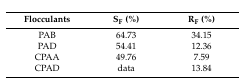
<table><thead><tr><td><b>Flocculants</b></td><td><b>S<sub>F</sub> (%)</b></td><td><b>R<sub>F</sub> (%)</b></td></tr></thead><tbody><tr><td>PAB</td><td>64.73</td><td>34.15</td></tr><tr><td>PAD</td><td>54.41</td><td>12.36</td></tr><tr><td>CPAA</td><td>49.76</td><td>7.59</td></tr><tr><td>CPAD</td><td>data</td><td>13.84</td></tr></tbody></table>